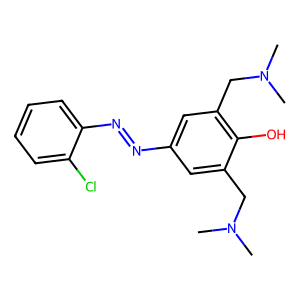
SMILES: CN(C)Cc1cc(N=Nc2ccccc2Cl)cc(CN(C)C)c1O
Inhibits HIV replication: No